Elephants and their diseases
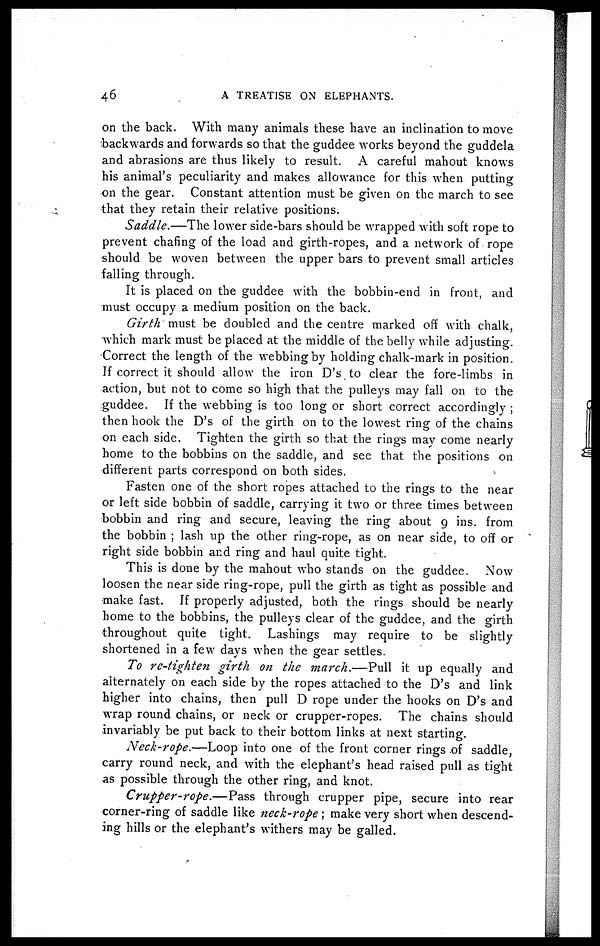
46
A TREATISE ON ELEPHANTS.
on the back. With many animals these have an inclination to move
backwards and forwards so that the guddee works beyond the guddela
and abrasions are thus likely to result. A careful mahout knows
his animal's peculiarity and makes allowance for this when putting
on the gear. Constant attention must be given on the march to see
that they retain their relative positions.
Saddle.—The lower side-bars should be wrapped with soft rope to
prevent chafing of the load and girth-ropes, and a network of rope
should be woven between the upper bars to prevent small articles
falling through.
It is placed on the guddee with the bobbin-end in front, and
must occupy a medium position on the back.
Girth must be doubled and the centre marked off with chalk,
which mark must be placed at the middle of the belly while adjusting.
Correct the length of the webbing by holding chalk-mark in position.
If correct it should allow the iron D's, to clear the fore-limbs in
action, but not to come so high that the pulleys may fall on to the
guddee. If the webbing is too long or short correct accordingly ;
then hook the D's of the girth on to the lowest ring of the chains
on each side. Tighten the girth so that the rings may come nearly
home to the bobbins on the saddle, and see that the positions on
different parts correspond on both sides.
Fasten one of the short ropes attached to the rings to the near
or left side bobbin of saddle, carrying it two or three times between
bobbin and ring and secure, leaving the ring about 9 ins. from
the bobbin ; lash up the other ring-rope, as on near side, to off or
right side bobbin and ring and haul quite tight.
This is done by the mahout who stands on the guddee. Now
loosen the near side ring-rope, pull the girth as tight as possible and
make fast. If properly adjusted, both the rings should be nearly
home to the bobbins, the pulleys clear of the guddee, and the girth
throughout quite tight. Lashings may require to be slightly
shortened in a few days when the gear settles.
To re-tighten girth on the march.—Pull
it up equally and
alternately on each side by the ropes attached to the D's and link
higher into chains, then pull D rope under the hooks on D's and
wrap round chains, or neck or crupper-ropes. The chains should
invariably be put back to their bottom links at next starting.
Neck-rope.—Loop into one of the front corner rings of saddle,
carry round neck, and with the elephant's head raised pull as tight
as possible through the other ring, and knot.
Crupper-rope.—Pass
through crupper pipe, secure into rear
corner-ring of saddle like neck-rope ; make very short when descend-
ing hills or the elephant's withers may be galled.